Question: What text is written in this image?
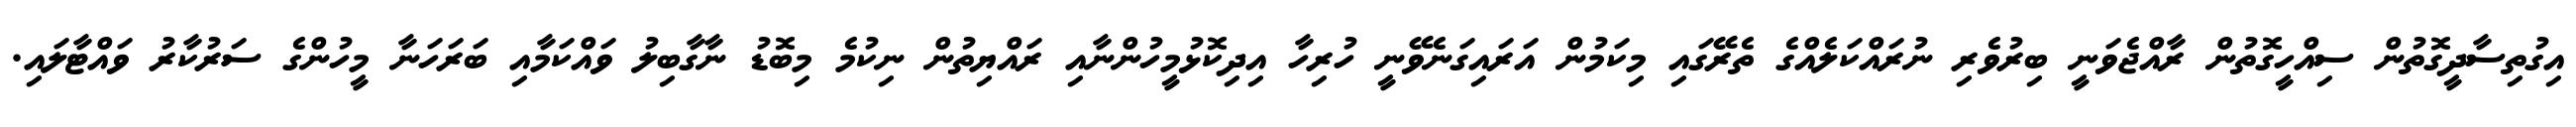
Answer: އިގުތިސާދީގޮތުން ސިއްހީގޮތުން ރާއްޖެވަނީ ބިރުވެރި ނުރައްކަލެއްގެ ތެރޭގައި މިކަމުން އަރައިގަނެވޭނީ ހުރިހާ އިދިކޮޅުމީހުންނާއި ރައްޔިތުން ނިކުމެ މިބޮޑު ނާގާބިލު ވައްކަމާއި ބަރަހަނާ މީހުންގެ ސަރުކާރު ވައްޓާލައި.